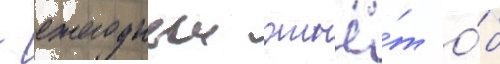
- ежегодныи отчё́т о́б